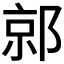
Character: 𰻯